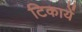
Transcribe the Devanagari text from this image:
टिकायें